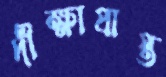
দীক্ষাপ্রাপ্ত